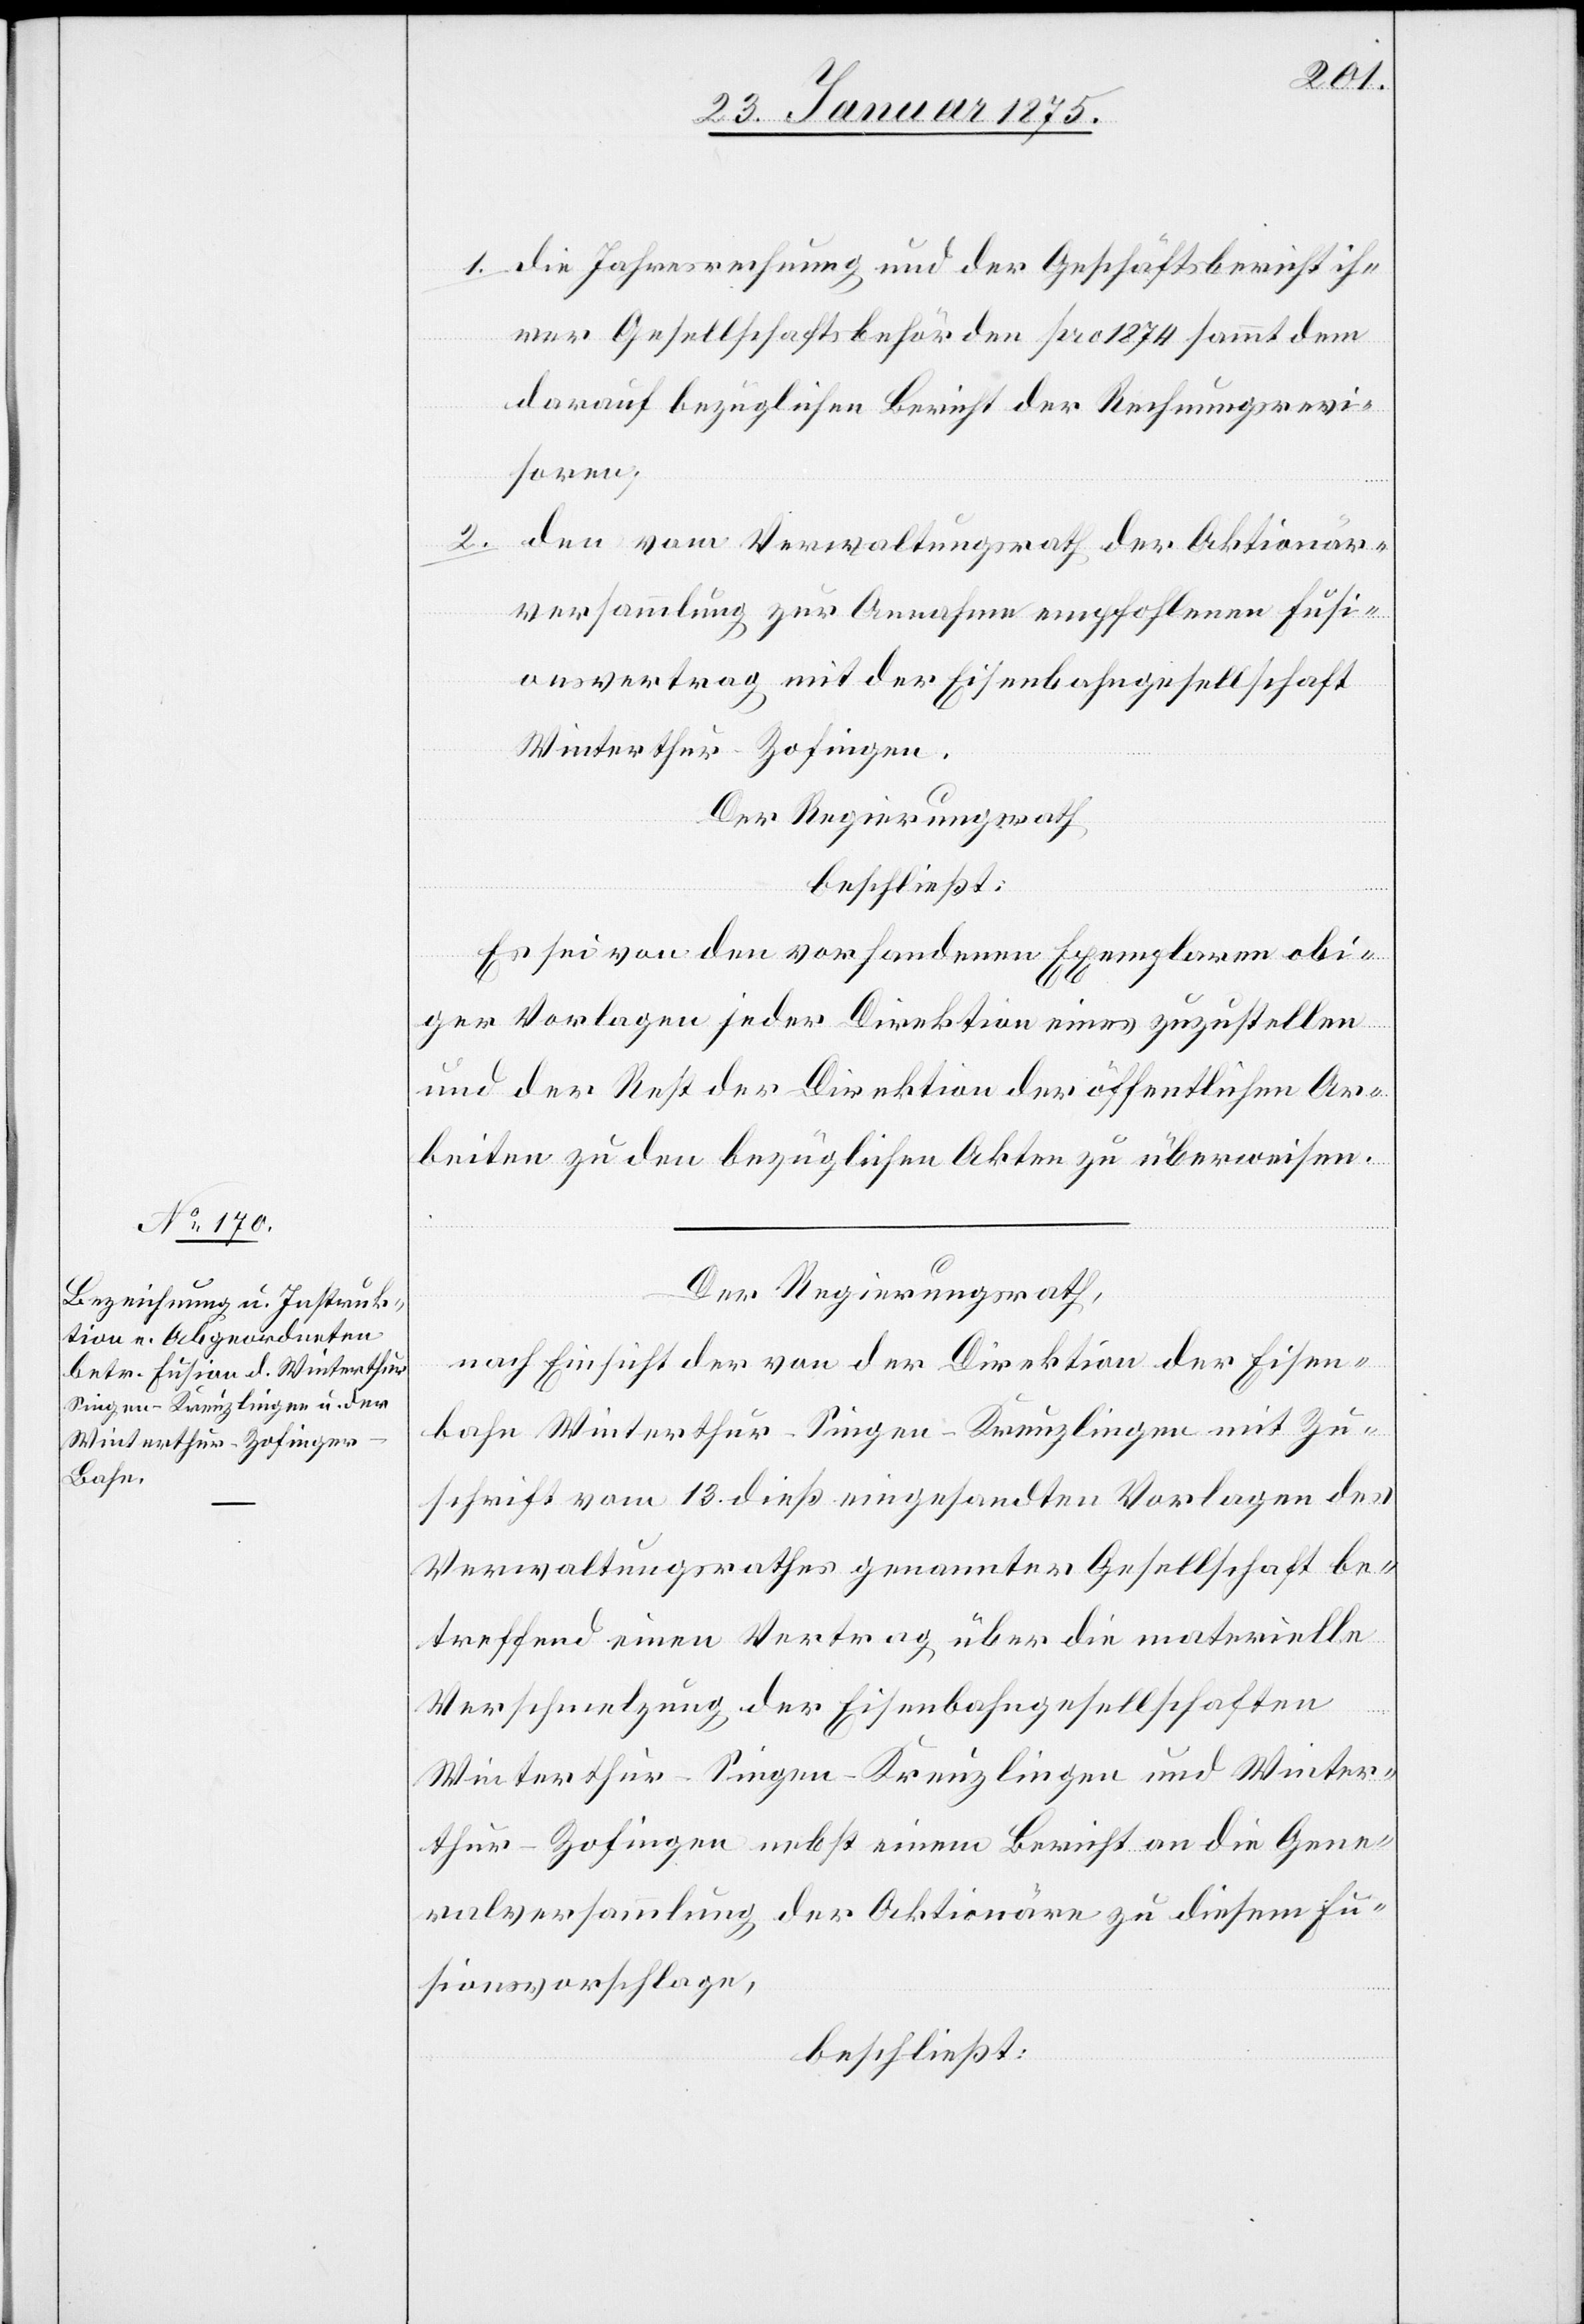
1. die Jahresrechnung und der Geschäftsbericht ih¬
rer Gesellschaftsbehörden pro 1874 sammt dem
darauf bezüglichen Bericht der Rechnungsrevi¬
soren;
2.
den vom Verwaltungsrath der Aktionär¬
versammlung zur Annahme empfohlenen Fusi¬
onsvertrag mit der Eisenbahngesellschaft
Winterthur–Zofingen.
Der Regierungsrath
beschließt:
Es sei von den vorhandenen Exemplaren obi¬
ger Vorlagen jeder Direktion eines zuzustellen
und der Rest der Direktion der öffentlichen Ar¬
beiten zu den bezüglichen Akten zu überweisen.
Der Regierungsrath,
nach Einsicht der von der Direktion der Eisen¬
bahn Winterthur–Singen–Kreuzlingen mit Zu¬
schrift vom 13. dieß eingesandten Vorlagen des
Verwaltungsrathes genannter Gesellschaft be¬
treffend einen Vertrag über die materielle
Verschmelzung der Eisenbahngesellschaften
Winterthur–Singen–Kreuzlingen und Winter¬
thur–Zofingen nebst einem Bericht an die Gene¬
ralversammlung der Aktionäre zu diesem Fu¬
sionsvorschlage,
beschließt: